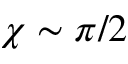
\chi \sim \pi / 2